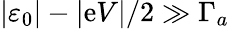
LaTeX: \left\vert\varepsilon_{0}\right\vert-\vert\mathrm{e}V\vert/2\gg\Gamma_{a}